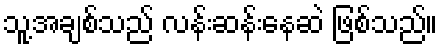
သူ့အချစ်သည် လန်းဆန်းနေဆဲ ဖြစ်သည်။